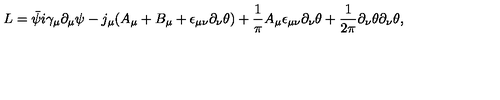
L = \bar { \psi } i \gamma _ { \mu } \partial _ { \mu } \psi - j _ { \mu } ( A _ { \mu } + B _ { \mu } + \epsilon _ { \mu \nu } \partial _ { \nu } \theta ) + \frac { 1 } { \pi } A _ { \mu } \epsilon _ { \mu \nu } \partial _ { \nu } \theta + \frac { 1 } { 2 \pi } \partial _ { \nu } \theta \partial _ { \nu } \theta ,